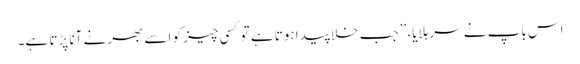
اس باپ نے سر ہلایا، ’’جب خلا پیدا ہوتا ہے تو کسی چیز کو اسے بھرنے آنا پڑتا ہے۔